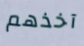
آخذهم